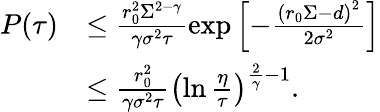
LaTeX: \begin{array}{rl}{P(\tau)}&{\leq\frac{r_{0}^{2}\Sigma^{2-\gamma}}{\gamma\sigma^{2}\tau}\exp\left[-\frac{\left(r_{0}\Sigma-d\right)^{2}}{2\sigma^{2}}\right]}\\ &{\leq\frac{r_{0}^{2}}{\gamma\sigma^{2}\tau}\left(\ln\frac{\eta}{\tau}\right)^{\frac{2}{\gamma}-1}.}\end{array}